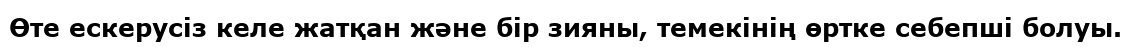
Өте ескерусіз келе жатқан және бір зияны, темекінің өртке себепші болуы.